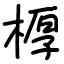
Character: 𣖔